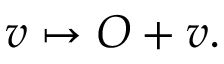
v \mapsto O + v .